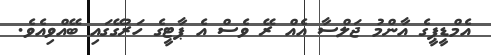
އެމްޑީޕީގެ އާންމު ޖަލްސާ އެއް ރޭ ވެސް އެ ޕާޓީގެ ހަރުގޭގައި ބޭއްވިއެވެ.